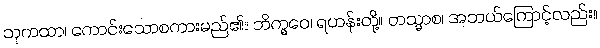
သုကထာ၊ ကောင်းသောစကားမည်၏။ ဘိက္ခဝေ၊ ရဟန်းတို့။ တသ္မာစ၊ အဘယ်ကြောင့်လည်း။